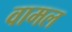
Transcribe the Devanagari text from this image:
वामल